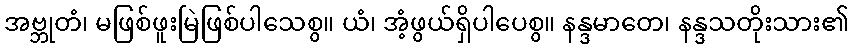
အဗ္ဘုတံ၊ မဖြစ်ဖူးမြဲဖြစ်ပါသေစွ။ ယံ၊ အံ့ဖွယ်ရှိပါပေစွ။ နန္ဒမာတေ၊ နန္ဒသတိုးသား၏